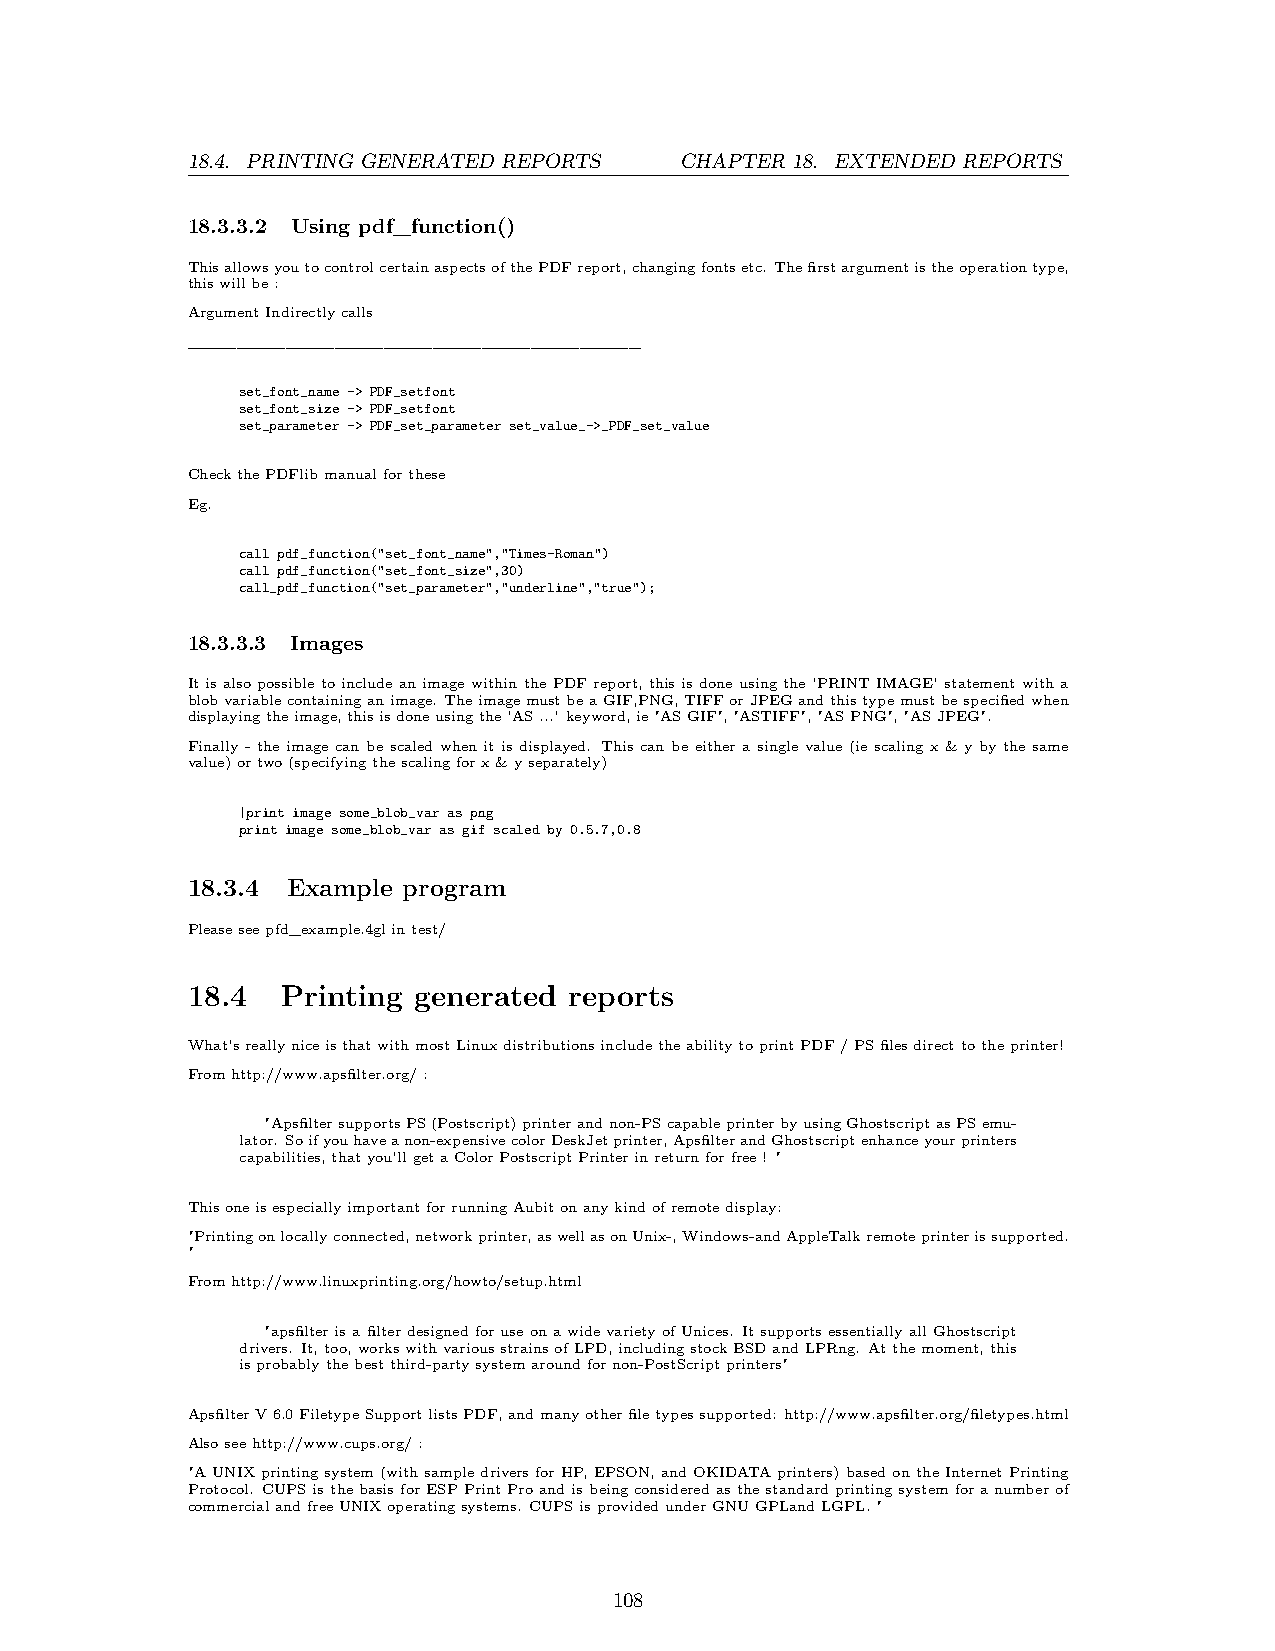
18.4. PRINTING GENERATED REPORTS CHAPTER 18. EXTENDED REPORTS
 18.3.3.2 Using pdf_function()
 ThisallowsyoutocontrolcertainaspectsofthePDFreport,changingfontsetc. Thefirstargumentistheoperationtype,
 thiswillbe:
 ArgumentIndirectlycalls
 _____________________________________
 set_font_name -> PDF_setfont
 set_font_size -> PDF_setfont
 set_parameter -> PDF_set_parameter set_value_->_PDF_set_value
 CheckthePDFlibmanualforthese
 Eg.
 call pdf_function("set_font_name","Times-Roman")
 call pdf_function("set_font_size",30)
 call_pdf_function("set_parameter","underline","true");
 18.3.3.3 Images
 ItisalsopossibletoincludeanimagewithinthePDFreport, thisisdoneusingthe’PRINTIMAGE’statementwitha
 blobvariablecontaininganimage. TheimagemustbeaGIF,PNG,TIFForJPEGandthistypemustbespecifiedwhen
 displayingtheimage,thisisdoneusingthe’AS...’ keyword,ie"ASGIF","ASTIFF","ASPNG","ASJPEG".
 Finally - the image can be scaled when it is displayed. This can be either a single value (ie scaling x & y by the same
 value)ortwo(specifyingthescalingforx&yseparately)
 |print image some_blob_var as png
 print image some_blob_var as gif scaled by 0.5.7,0.8
 18.3.4 Example program
 Pleaseseepfd_example.4glintest/
 18.4   Printing generated reports
 What’sreallyniceisthatwithmostLinuxdistributionsincludetheabilitytoprintPDF/PSfilesdirecttotheprinter!
 Fromhttp://www.apsfilter.org/:
 "ApsfiltersupportsPS(Postscript)printerandnon-PScapableprinterbyusingGhostscriptasPSemu-
 lator. Soifyouhaveanon-expensivecolorDeskJetprinter,ApsfilterandGhostscriptenhanceyourprinters
 capabilities,thatyou’llgetaColorPostscriptPrinterinreturnforfree! "
 ThisoneisespeciallyimportantforrunningAubitonanykindofremotedisplay:
 "Printingonlocallyconnected,networkprinter,aswellasonUnix-,Windows-andAppleTalkremoteprinterissupported.
 "
 Fromhttp://www.linuxprinting.org/howto/setup.html
 "apsfilterisafilterdesignedforuseonawidevarietyofUnices. ItsupportsessentiallyallGhostscript
 drivers. It,too,workswithvariousstrainsofLPD,includingstockBSDandLPRng. Atthemoment,this
 isprobablythebestthird-partysystemaroundfornon-PostScriptprinters"
 ApsfilterV6.0FiletypeSupportlistsPDF,andmanyotherfiletypessupported: http://www.apsfilter.org/filetypes.html
 Alsoseehttp://www.cups.org/:
 "AUNIXprintingsystem(withsampledriversforHP,EPSON,andOKIDATAprinters)basedontheInternetPrinting
 Protocol. CUPSisthebasisforESPPrintProandisbeingconsideredasthestandardprintingsystemforanumberof
 commercialandfreeUNIXoperatingsystems. CUPSisprovidedunderGNUGPLandLGPL."
 108